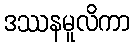
ဒဿနမူလိကာ